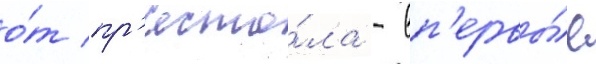
о́т пр'есто́ла - вп'ервы́е